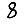
Digit: 8